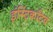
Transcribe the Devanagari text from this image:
इंस्टिंकटिव